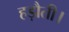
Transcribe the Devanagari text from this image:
हड़ौती।